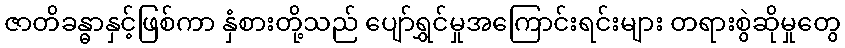
ဇာတိခန္ဓာနှင့်ဖြစ်ကာ နှံစားတို့သည် ပျော်ရွှင်မှုအကြောင်းရင်းများ တရားစွဲဆိုမှုတွေ